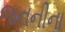
જનનીના